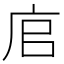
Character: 𢈂